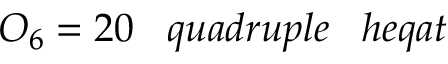
O _ { 6 } = 2 0 \; \; \; q u a d r u p l e \; \; \; h e q a t